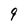
Character: 9